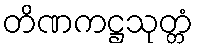
တိဏကဋ္ဌသုတ္တံ